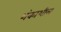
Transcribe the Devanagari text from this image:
शंकाशील